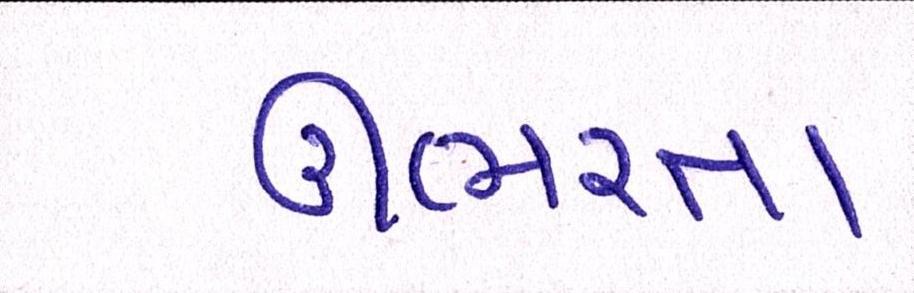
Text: ઊભરતા